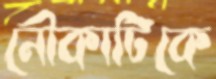
নৌকাটিকে